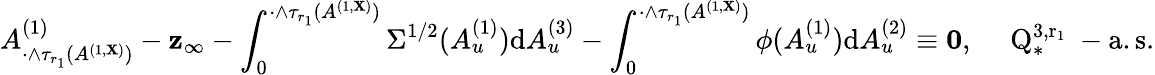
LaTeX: A_{\cdot\wedge\tau_{r_{1}}(A^{(1,\mathbf{X})})}^{(1)}-\mathbf{z}_{\infty}-\int_{0}^{\cdot\wedge\tau_{r_{1}}(A^{(1,\mathbf{X})})}\Sigma^{1/2}(A_{u}^{(1)}){\mathrm{d}}A_{u}^{(3)}-\int_{0}^{\cdot\wedge\tau_{r_{1}}(A^{(1,\mathbf{X})})}\phi(A_{u}^{(1)}){\mathrm{d}}A_{u}^{(2)}\equiv\mathbf{{0}},\quad\mathrm{{~Q_{*}^{3,r_1}~-a.s.}}